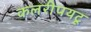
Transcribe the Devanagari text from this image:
कलरीपयटू